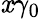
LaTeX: \mathit{x}\gamma_{0}